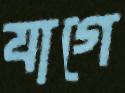
যাগে